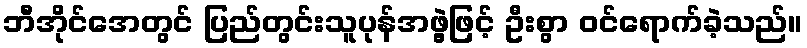
ဘီအိုင်အေတွင် ပြည်တွင်းသူပုန်အဖွဲ့ဖြင့် ဦးစွာ ဝင်ရောက်ခဲ့သည်။